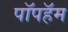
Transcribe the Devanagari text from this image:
पॉपहॅम